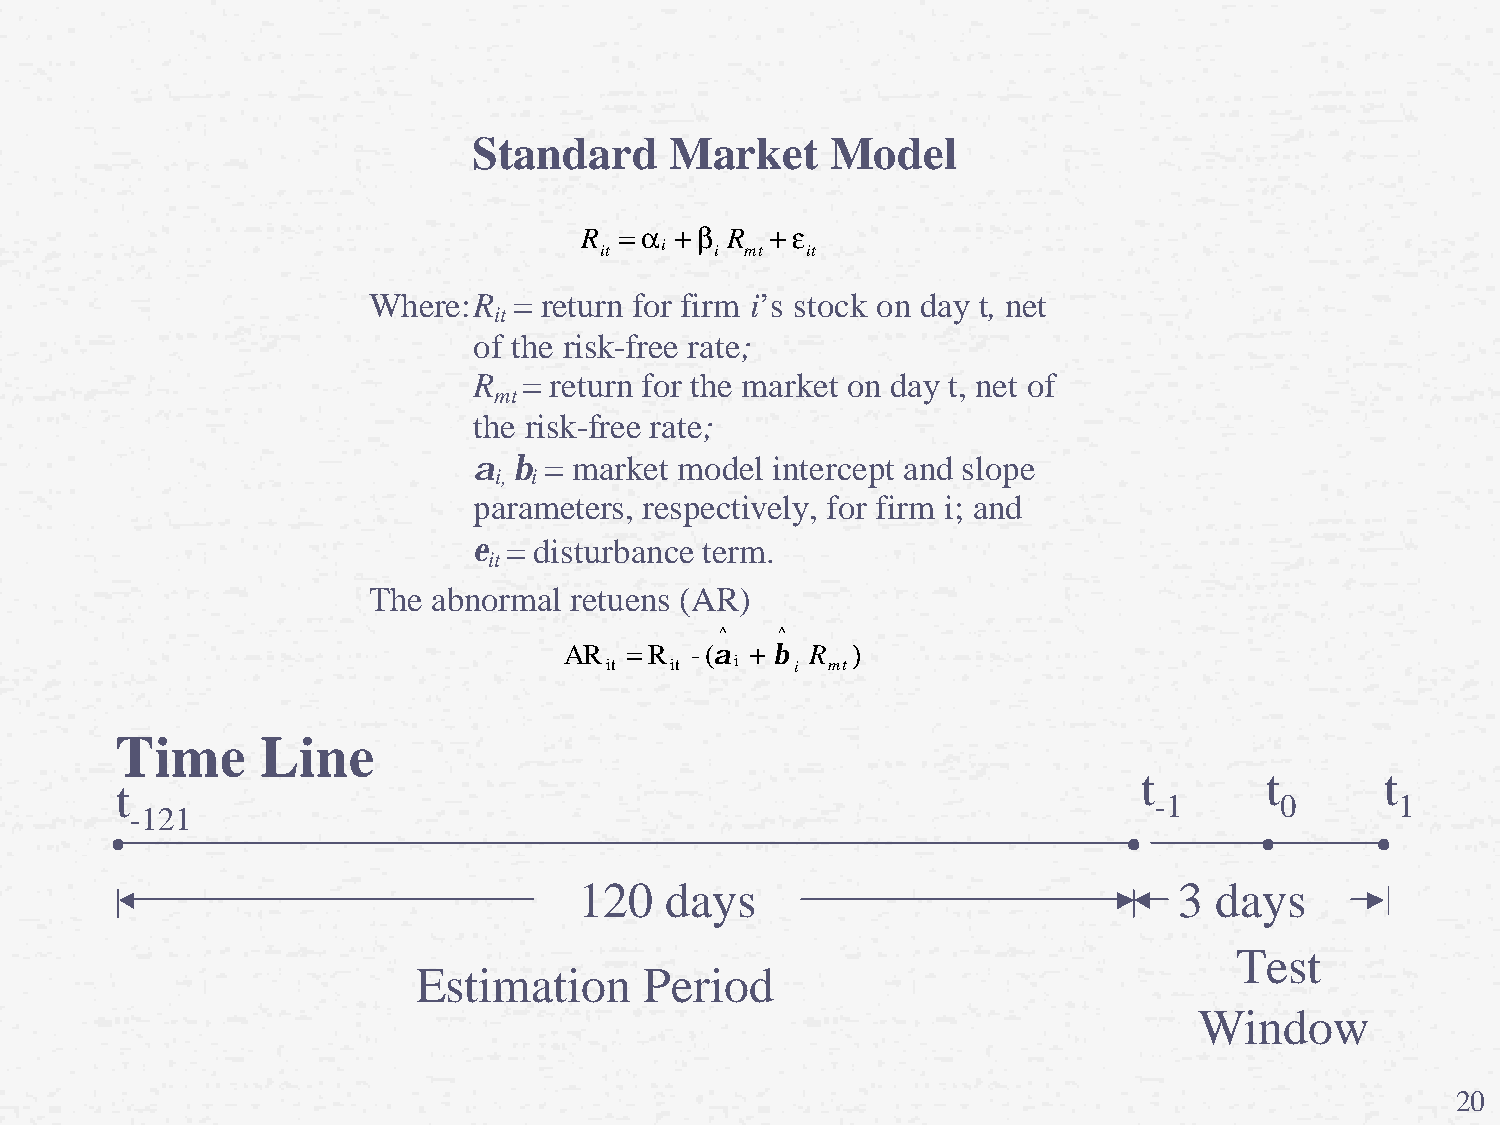
Standard     Market     Model
 =a  + b   +e
 R         R
 it  i  i mt  it
 Where: R  = return for firm i’s stock on day t, net
 it
 of the risk-free rate;
 R   = return for the market on day t, net of
 mt
 the risk-free rate;
 a  b = market model intercept and slope
 i, i
 parameters, respectively, for firm i; and
 e = disturbance term.
 it
 The  abnormal retuens (AR)
 ^  ^
 AR  = R  - (a + b R )
 it  it   i   i mt
 Time     Line
 t        t       t
 t
 -1       0       1
 -121
 120   days                              3 days
 Test
 Estimation      Period
 Window
 20